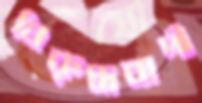
বিরুদ্ধবাদী